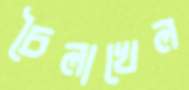
চৈলাখেল